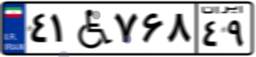
۴۱W۷۶۸۴۹